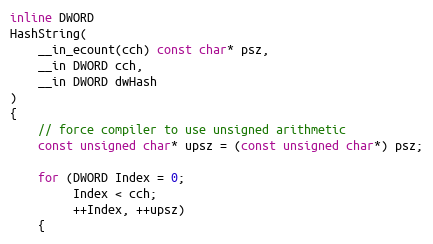
Language: C
inline DWORD
HashString(
    __in_ecount(cch) const char* psz,
    __in DWORD cch,
    __in DWORD dwHash
)
{
    // force compiler to use unsigned arithmetic
    const unsigned char* upsz = (const unsigned char*) psz;

    for (DWORD Index = 0;
         Index < cch;
         ++Index, ++upsz)
    {